Document type: bank_statement
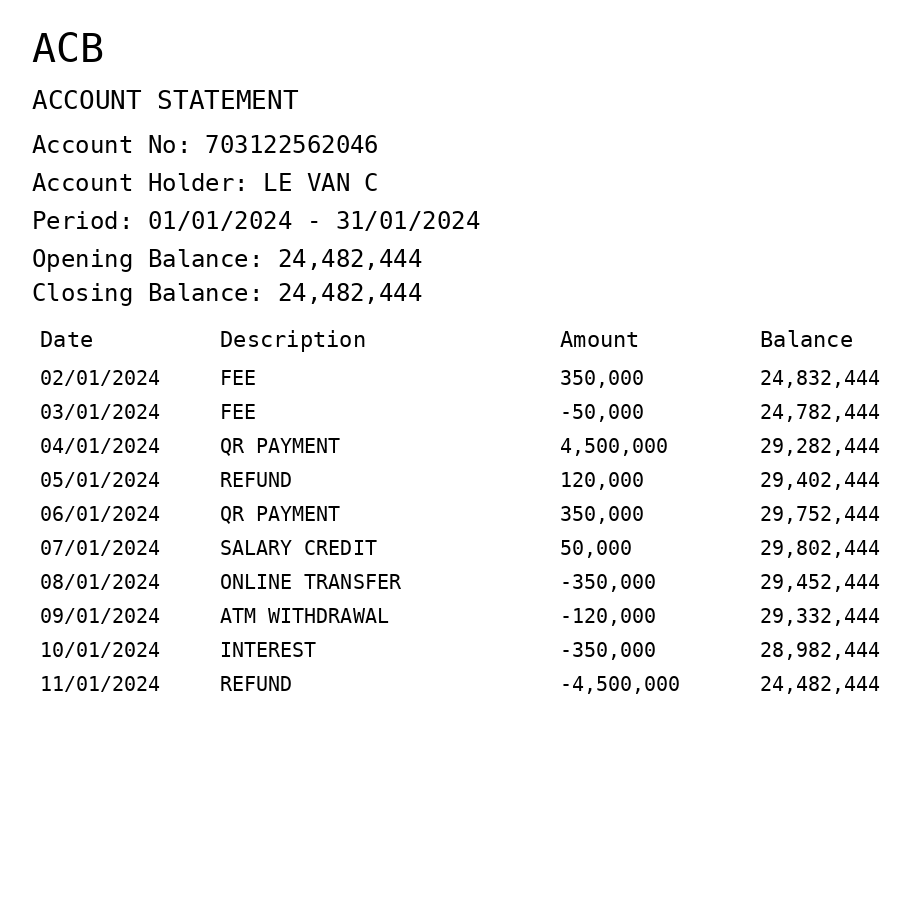
OCR transcript:
ACB
ACCOUNT STATEMENT
Account No: 703122562046
Account Holder: LE VAN C
Period: 01/01/2024 - 31/01/2024
Opening Balance: 24,482,444
Closing Balance: 24,482,444
Date
Description
Amount
Balance
02/01/2024
FEE
350,000
24,832,444
03/01/2024
FEE
-50,000
24,782,444
04/01/2024
QR PAYMENT
4,500,000
29,282,444
05/01/2024
REFUND
120,000
29,402,444
06/01/2024
QR PAYMENT
350,000
29,752,444
07/01/2024
SALARY CREDIT
50,000
29,802,444
08/01/2024
ONLINE TRANSFER
-350,000
29,452,444
09/01/2024
ATM WITHDRAWAL
-120,000
29,332,444
10/01/2024
INTEREST
-350,000
28,982,444
11/01/2024
REFUND
-4,500,000
24,482,444
Extracted fields:
bank_name: acb
account_number: 703122562046
account_holder: le van c
statement_period: 01/01/2024 - 31/01/2024
opening_balance: 24482444
closing_balance: 24482444
transactions: date: 2024-01-02
description: fee
amount: 350000
balance: 24832444
date: 2024-01-03
description: fee
amount: -50000
balance: 24782444
date: 2024-01-04
description: qr payment
amount: 4500000
balance: 29282444
date: 2024-01-05
description: refund
amount: 120000
balance: 29402444
date: 2024-01-06
description: qr payment
amount: 350000
balance: 29752444
date: 2024-01-07
description: salary credit
amount: 50000
balance: 29802444
date: 2024-01-08
description: online transfer
amount: -350000
balance: 29452444
date: 2024-01-09
description: atm withdrawal
amount: -120000
balance: 29332444
date: 2024-01-10
description: interest
amount: -350000
balance: 28982444
date: 2024-01-11
description: refund
amount: -4500000
balance: 24482444